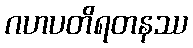
ဂဟပတိရတနဿ